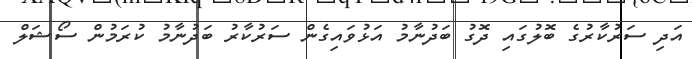
އަދި ސަރުކާރުގެ ބޮލުގައި ދޮގު ބަދުނާމު އަޅުވައިގެން ސަރުކާރު ބަދުނާމު ކުރަމުން ސޯޝަލް